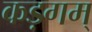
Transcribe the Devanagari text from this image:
कड़गम्‌